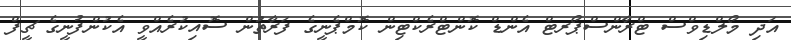
އަދި މޯލްޑިވްސް ޓްރާންސްޕޯރޓް އެންޑް ކޮންޓްރެކްޓިން ކޮމްޕެނީގެ ފަރާތުން ސޮއިކުރެއްވީ އެކުންފުނީގެ ޗީފް